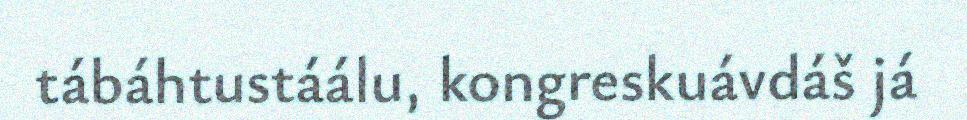
tábáhtustáálu, kongreskuávdáš já